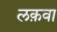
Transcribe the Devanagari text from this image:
लक़वा